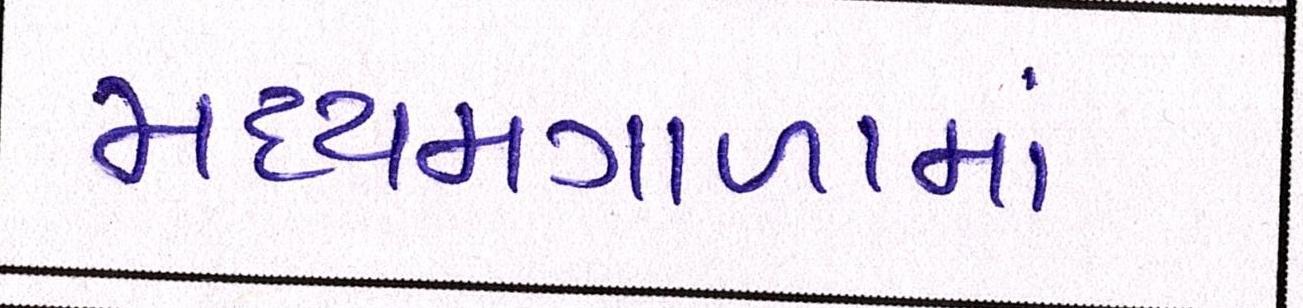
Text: મધ્યમગાળામાં